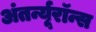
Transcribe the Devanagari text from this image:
अंतर्न्यूरॉन्स